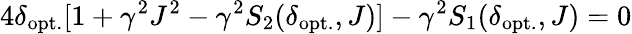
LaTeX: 4\delta_{\mathrm{opt.}}[1+\gamma^{2}J^{2}-\gamma^{2}S_{2}(\delta_{\mathrm{opt.}},J)]-\gamma^{2}S_{1}(\delta_{\mathrm{opt.}},J)=0